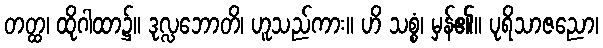
တတ္ထ၊ ထိုဂါထာ၌။ ဒုလ္လဘောတိ၊ ဟူသည်ကား။ ဟိ သစ္စံ၊ မှန်၏။ ပုရိသာဇညော၊